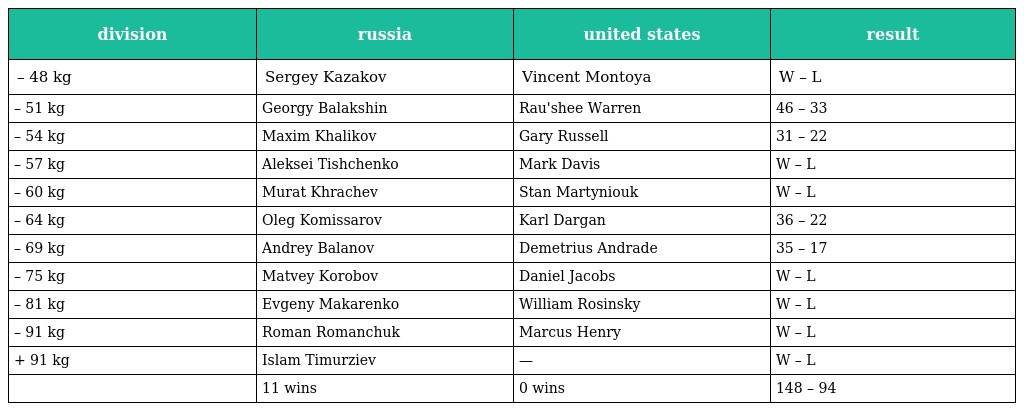
| division | russia | united states | result |
 | --- | --- | --- | --- |
 | – 48 kg | Sergey Kazakov | Vincent Montoya | W – L |
 | – 51 kg | Georgy Balakshin | Rau'shee Warren | 46 – 33 |
 | – 54 kg | Maxim Khalikov | Gary Russell | 31 – 22 |
 | – 57 kg | Aleksei Tishchenko | Mark Davis | W – L |
 | – 60 kg | Murat Khrachev | Stan Martyniouk | W – L |
 | – 64 kg | Oleg Komissarov | Karl Dargan | 36 – 22 |
 | – 69 kg | Andrey Balanov | Demetrius Andrade | 35 – 17 |
 | – 75 kg | Matvey Korobov | Daniel Jacobs | W – L |
 | – 81 kg | Evgeny Makarenko | William Rosinsky | W – L |
 | – 91 kg | Roman Romanchuk | Marcus Henry | W – L |
 | + 91 kg | Islam Timurziev | — | W – L |
 |  | 11 wins | 0 wins | 148 – 94 |